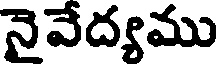
నైవేద్యము